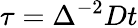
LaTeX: \tau=\Delta^{-2}Dt